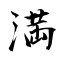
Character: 満